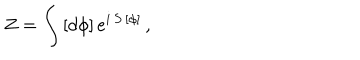
Z = \int \, [ d \phi ] \, e ^ { i \, S \, [ \phi ] } \, ,